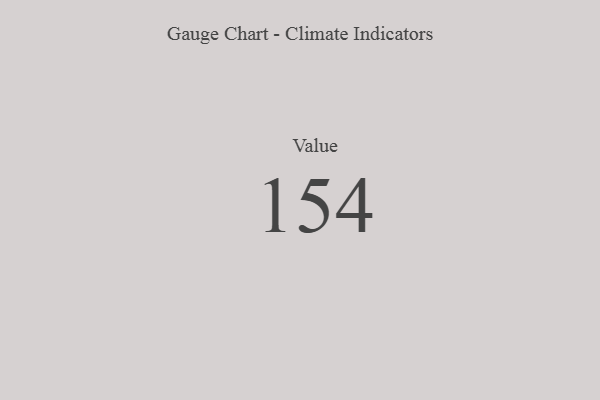
{"axis": {"x": "Metric", "y": "Value"}, "legend": [""], "data": [{"x": "Value", "y": 154, "type": ""}]}